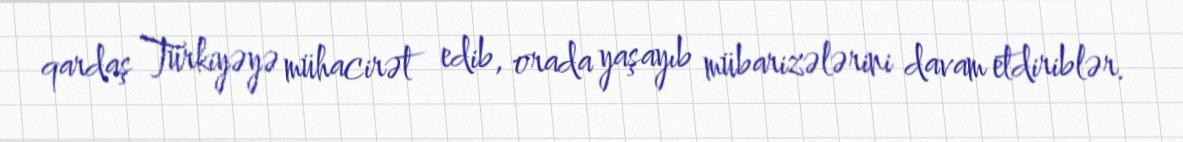
qardaş Türkiyəyə mühacirət edib, orada yaşayıb mübarizələrini davam etdiriblər.